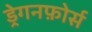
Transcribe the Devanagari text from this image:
ड्रेगनफ़ोर्स